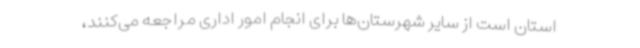
استان است از سایر شهرستان‌ها برای انجام امور اداری مراجعه می‌کنند،